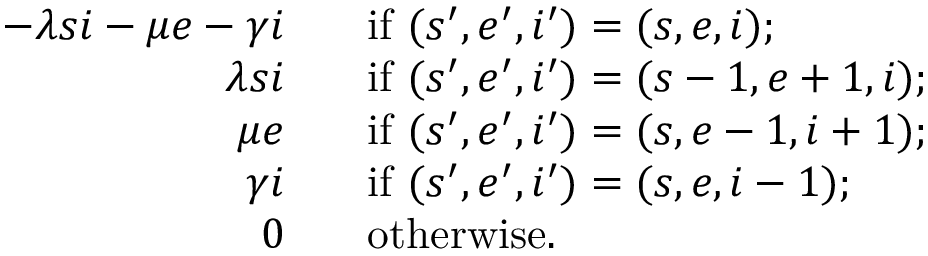
\begin{array} { r l } { - \lambda s i - \mu e - \gamma i \; \; } & { \mathrm { ~ i f ~ } ( s ^ { \prime } , e ^ { \prime } , i ^ { \prime } ) = ( s , e , i ) ; } \\ { \lambda s i \; \; } & { \mathrm { ~ i f ~ } ( s ^ { \prime } , e ^ { \prime } , i ^ { \prime } ) = ( s - 1 , e + 1 , i ) ; } \\ { \mu e \; \; } & { \mathrm { ~ i f ~ } ( s ^ { \prime } , e ^ { \prime } , i ^ { \prime } ) = ( s , e - 1 , i + 1 ) ; } \\ { \gamma i \; \; } & { \mathrm { ~ i f ~ } ( s ^ { \prime } , e ^ { \prime } , i ^ { \prime } ) = ( s , e , i - 1 ) ; } \\ { 0 \; \; } & { \mathrm { ~ o t h e r w i s e . } } \end{array}